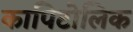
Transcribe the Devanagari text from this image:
कापिटोलिक